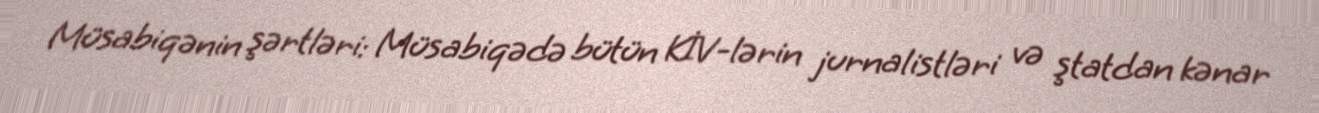
Müsabiqənin şərtləri: Müsabiqədə bütün KİV-lərin jurnalistləri və ştatdan kənar